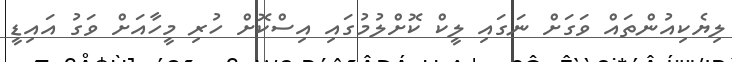
ލިޔެކިއުންތައް ވަގަށް ނަގައި ލީކް ކޮށްލުމުގައި އިސްކޮށް ހުރި މީހާއަށް ވަގު އައިޑީ